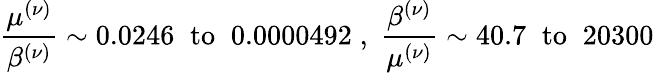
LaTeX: \frac{\mu^{(\nu)}}{\beta^{(\nu)}}\sim 0.0246\; \; \mathrm{to}\; \; 0.0000492\; ,\; \frac{\beta^{(\nu)}}{\mu^{(\nu)}}\sim 40.7\; \; \mathrm{to}\; \; 20300